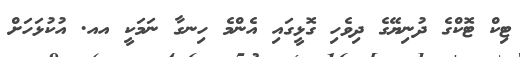
ޓިކް ޓޮކްގެ ދުނިޔޭގެ ދިވެހި ގޮޅީގައި އެންމެ ހިނގާ ނަމަކީ އއ. އުކުޅަހަށް